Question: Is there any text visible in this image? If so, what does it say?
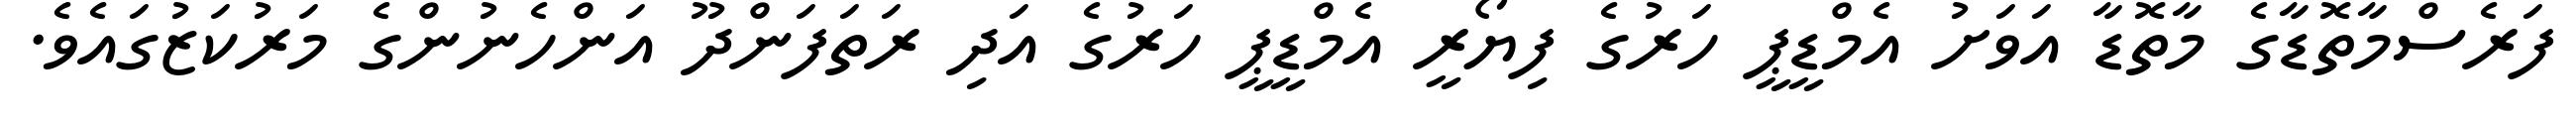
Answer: ފަރެސްމާތޮޑާގެ މާތޮޑާ އަވަށު އެމްޑީޕީ ހަރުގެ ފިޔޯރީ އެމްޑީޕީ ހަރުގެ އަދި ރަތަފަންދޫ އަންހެނުންގެ މަރުކަޒުގައެވެ.